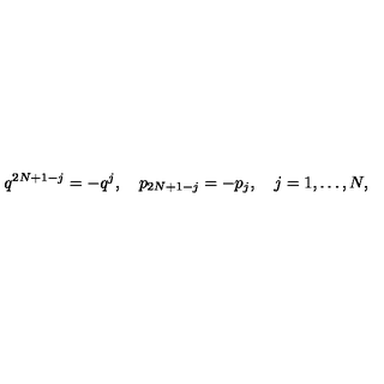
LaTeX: q ^ { 2 N + 1 - j } = - q ^ { j } , \quad p _ { 2 N + 1 - j } = - p _ { j } , \quad j = 1 , \ldots , N ,